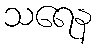
သရေန